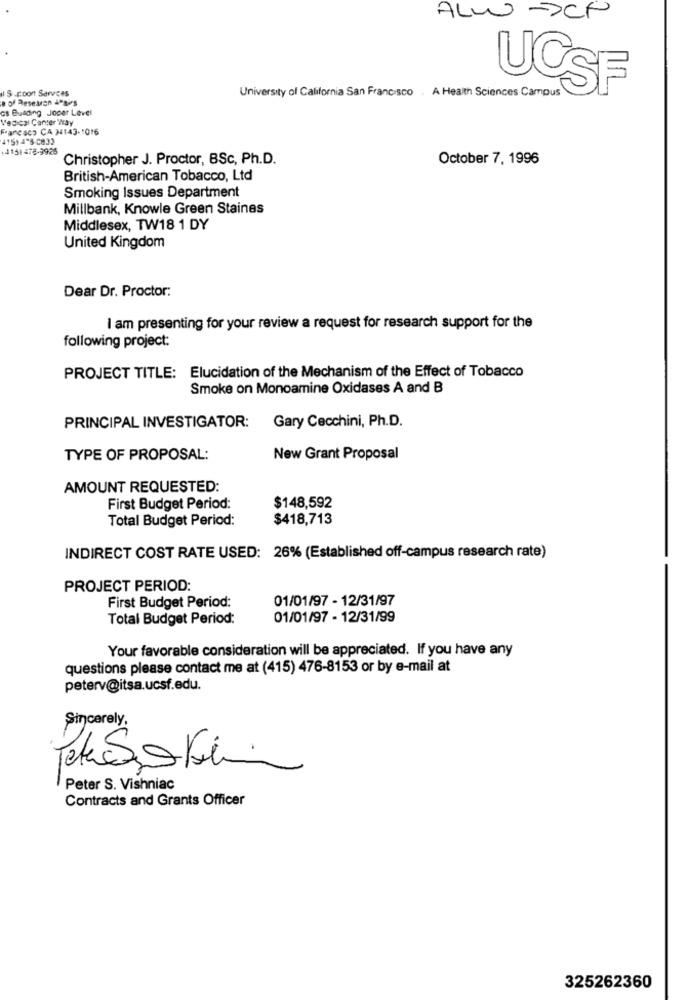
ALW SCF
IS.coon Services
UCSF
e of ReseMon 4Pairs
University of California San Francisco . A Health Sciences Campus
Gs Bulding Joper Level
Medical Center Way
Francisco CA 3143-1016
4151 4"5-C833
(415) 478-9925
Christopher J. Proctor, BSc, Ph.D.
October 7, 1996
British-American Tobacco, Ltd
Smoking Issues Department
Millbank, Knowle Green Staines
Middlesex, TW18 1 DY
United Kingdom
Dear Dr. Proctor:
I am presenting for your review a request for research support for the
following project:
PROJECT TITLE: Elucidation of the Mechanism of the Effect of Tobacco
Smoke on Monoamine Oxidases A and B
Gary Cecchini, Ph.D.
PRINCIPAL INVESTIGATOR:
TYPE OF PROPOSAL:
New Grant Proposal
AMOUNT REQUESTED:
First Budget Period:
$148,592
Total Budget Period:
$418,713
INDIRECT COST RATE USED: 26% (Established off-campus research rate)
PROJECT PERIOD:
First Budget Period:
01/01/97 - 12/31/97
Total Budget Period:
01/01/97 - 12/31/99
Your favorable consideration will be appreciated. If you have any
questions please contact me at (415) 476-8153 or by e-mail at
peterv@itsa.ucsf.edu.
Sincerely,
Peter S. Vishniac
Contracts and Grants Officer
325262360